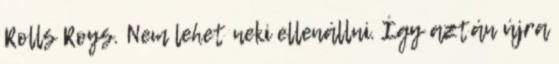
Rolls Roys. Nem lehet neki ellenállni. Így aztán újra